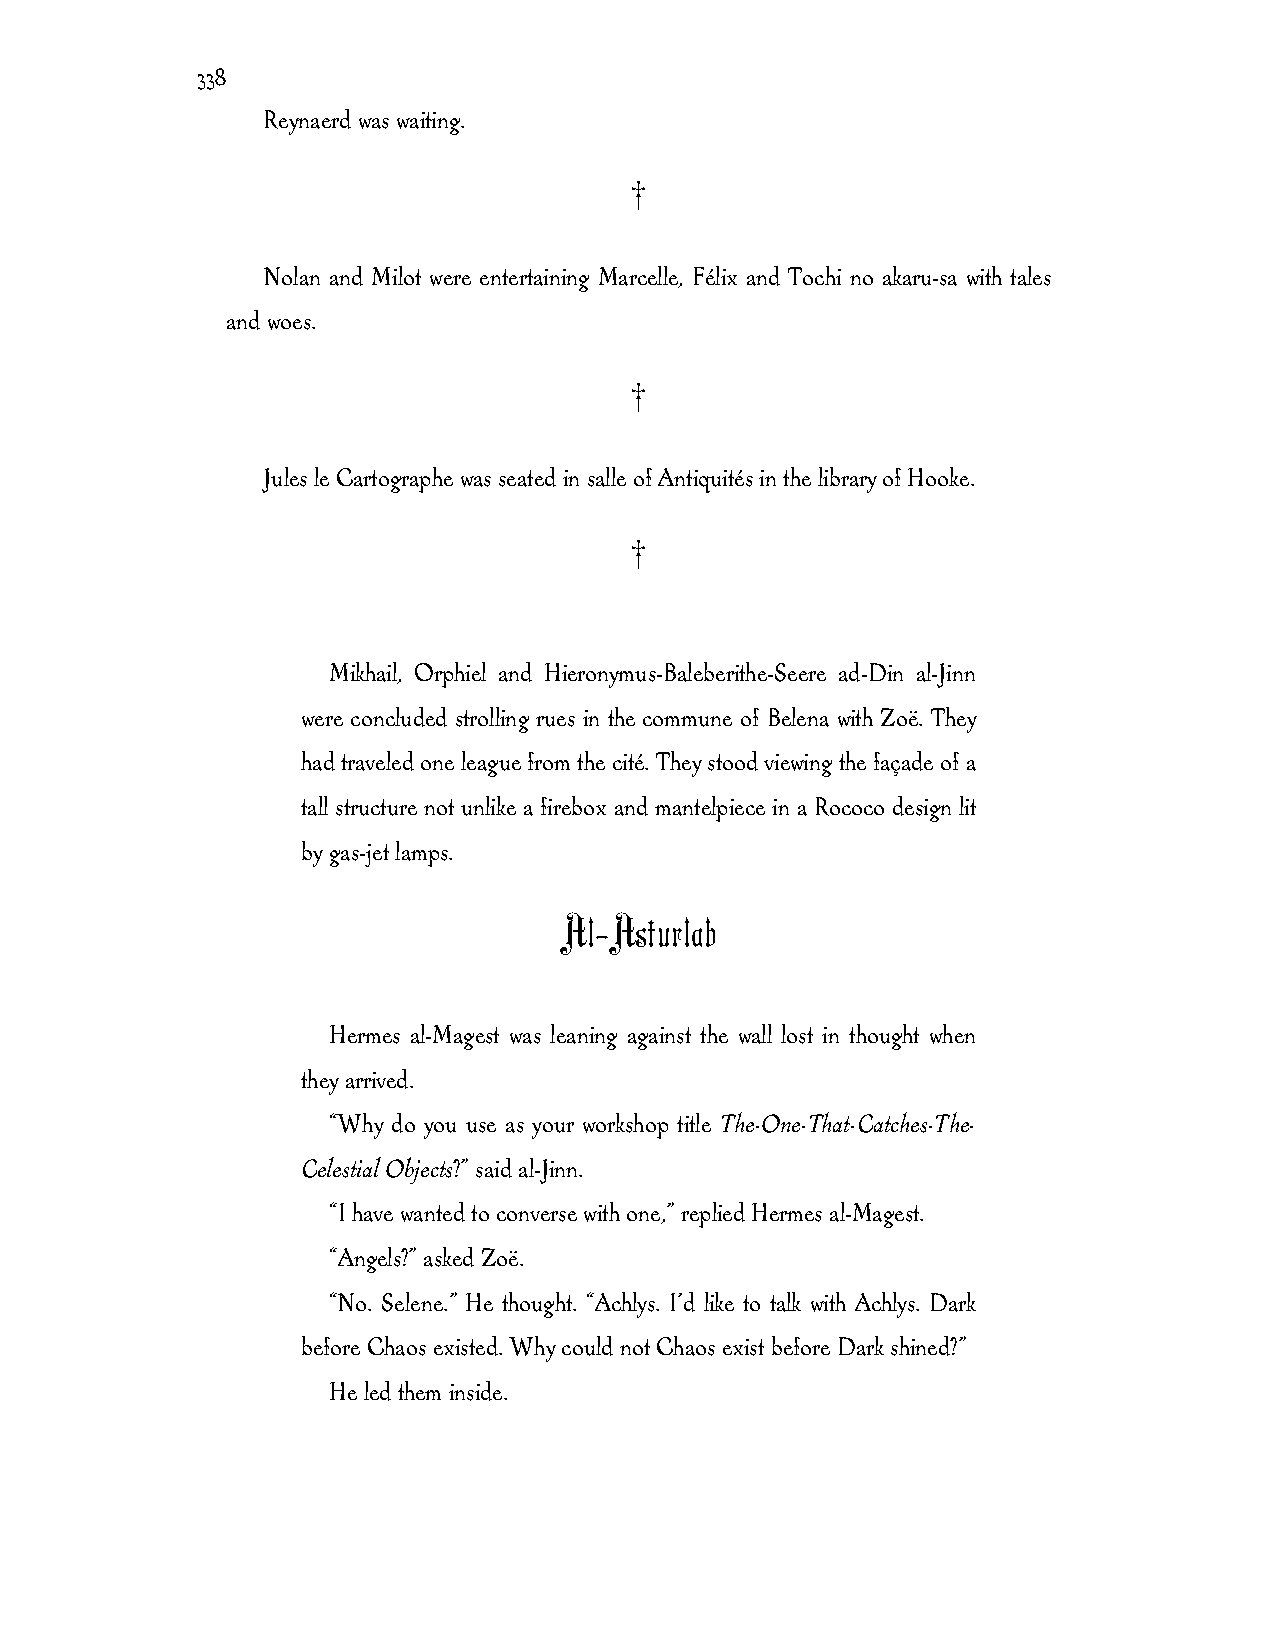
338
 Reynaerd was waiting.
 †
 Nolan and Milot were entertaining Marcelle, Félix and Tochi no akaru-sa with tales
 and woes.
 †
 Jules le Cartographe was seated in salle of Antiquités in the library of Hooke.
 †
 Mikhail, Orphiel and Hieronymus-Baleberithe-Seere ad-Din al-Jinn
 were concluded strolling rues in the commune of Belena with Zoë. They
 had traveled one league from the cité. They stood viewing the façade of a
 tall structure not unlike a firebox and mantelpiece in a Rococo design lit
 by gas-jet lamps.
 Al-Asturlab
 Hermes al-Magest was leaning against the wall lost in thought when
 they arrived.
 “Why do you use as your workshop title The-One-That-Catches-The-
 Celestial Objects?” said al-Jinn.
 “I have wanted to converse with one,” replied Hermes al-Magest.
 “Angels?” asked Zoë.
 “No. Selene.” He thought. “Achlys. I’d like to talk with Achlys. Dark
 before Chaos existed. Why could not Chaos exist before Dark shined?”
 He led them inside.